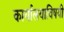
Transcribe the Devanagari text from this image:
कार्यालयाविषयी